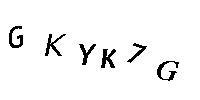
GKYK7G